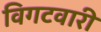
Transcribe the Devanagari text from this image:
विगटवारी